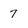
Character: 7